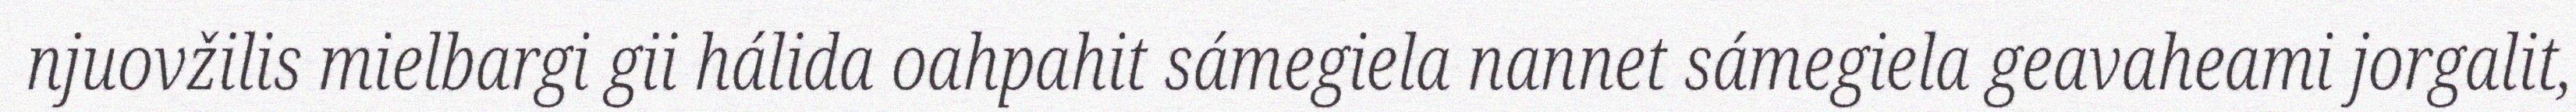
njuovžilis mielbargi gii hálida oahpahit sámegiela nannet sámegiela geavaheami jorgalit,